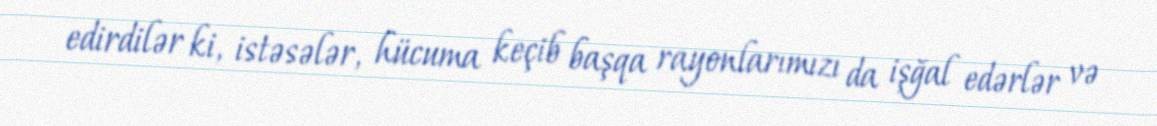
edirdilər ki, istəsələr, hücuma keçib başqa rayonlarımızı da işğal edərlər və